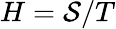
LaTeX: H=\mathcal{S}/T